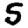
Digit: 5